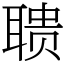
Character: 聩